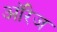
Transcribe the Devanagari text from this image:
ऑरेज